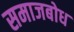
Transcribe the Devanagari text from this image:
समाजबोध